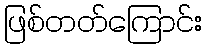
ဖြစ်တတ်ကြောင်း